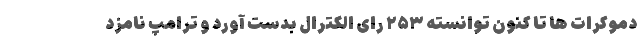
دموکرات ها تا کنون توانسته ۲۵۳ رای الکترال بدست آورد و ترامپ نامزد